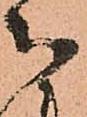
被